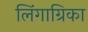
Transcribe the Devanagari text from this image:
लिंगाग्रिका